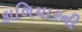
કાળિયારની